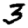
Digit: 3